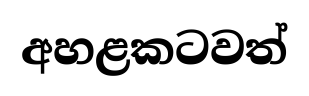
අහළකටවත්